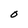
Character: O